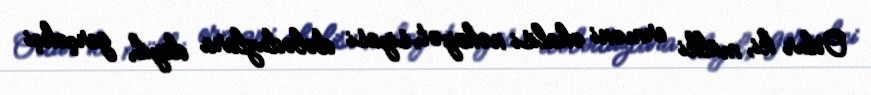
Odur ki, mülki erməni əhalisi nəhayət, siyasi dələduzlara deyil, gerçəkçi